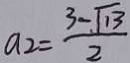
a _ { 2 } = \frac { 3 - \sqrt { 1 3 } } { 2 }